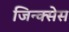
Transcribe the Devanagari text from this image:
जिन्क्सेस